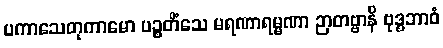
ပကာသေတုကာမော ပဉ္စတိံသေ မရဏာရမ္မဏာ ဉာတဗ္ဗာနိ ဗုဒ္ဓဘာဝံ